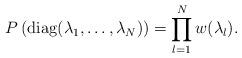
LaTeX: \begin{align*}P\left(\mathrm{diag}(\lambda_1,\ldots,\lambda_N)\right)=\prod_{l=1}^Nw(\lambda_l).\end{align*}